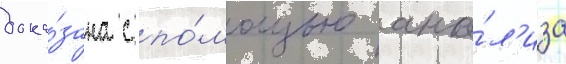
дока́зана с по́мощью ана́л'иза